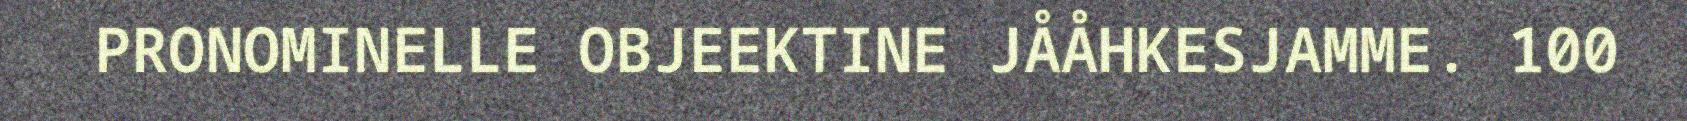
PRONOMINELLE OBJEEKTINE JÅÅHKESJAMME. 100